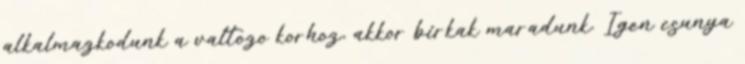
alkalmazkodunk a valtozo korhoz, akkor birkak maradunk. Igen csunya